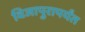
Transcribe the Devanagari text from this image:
विजापुरापर्यंत